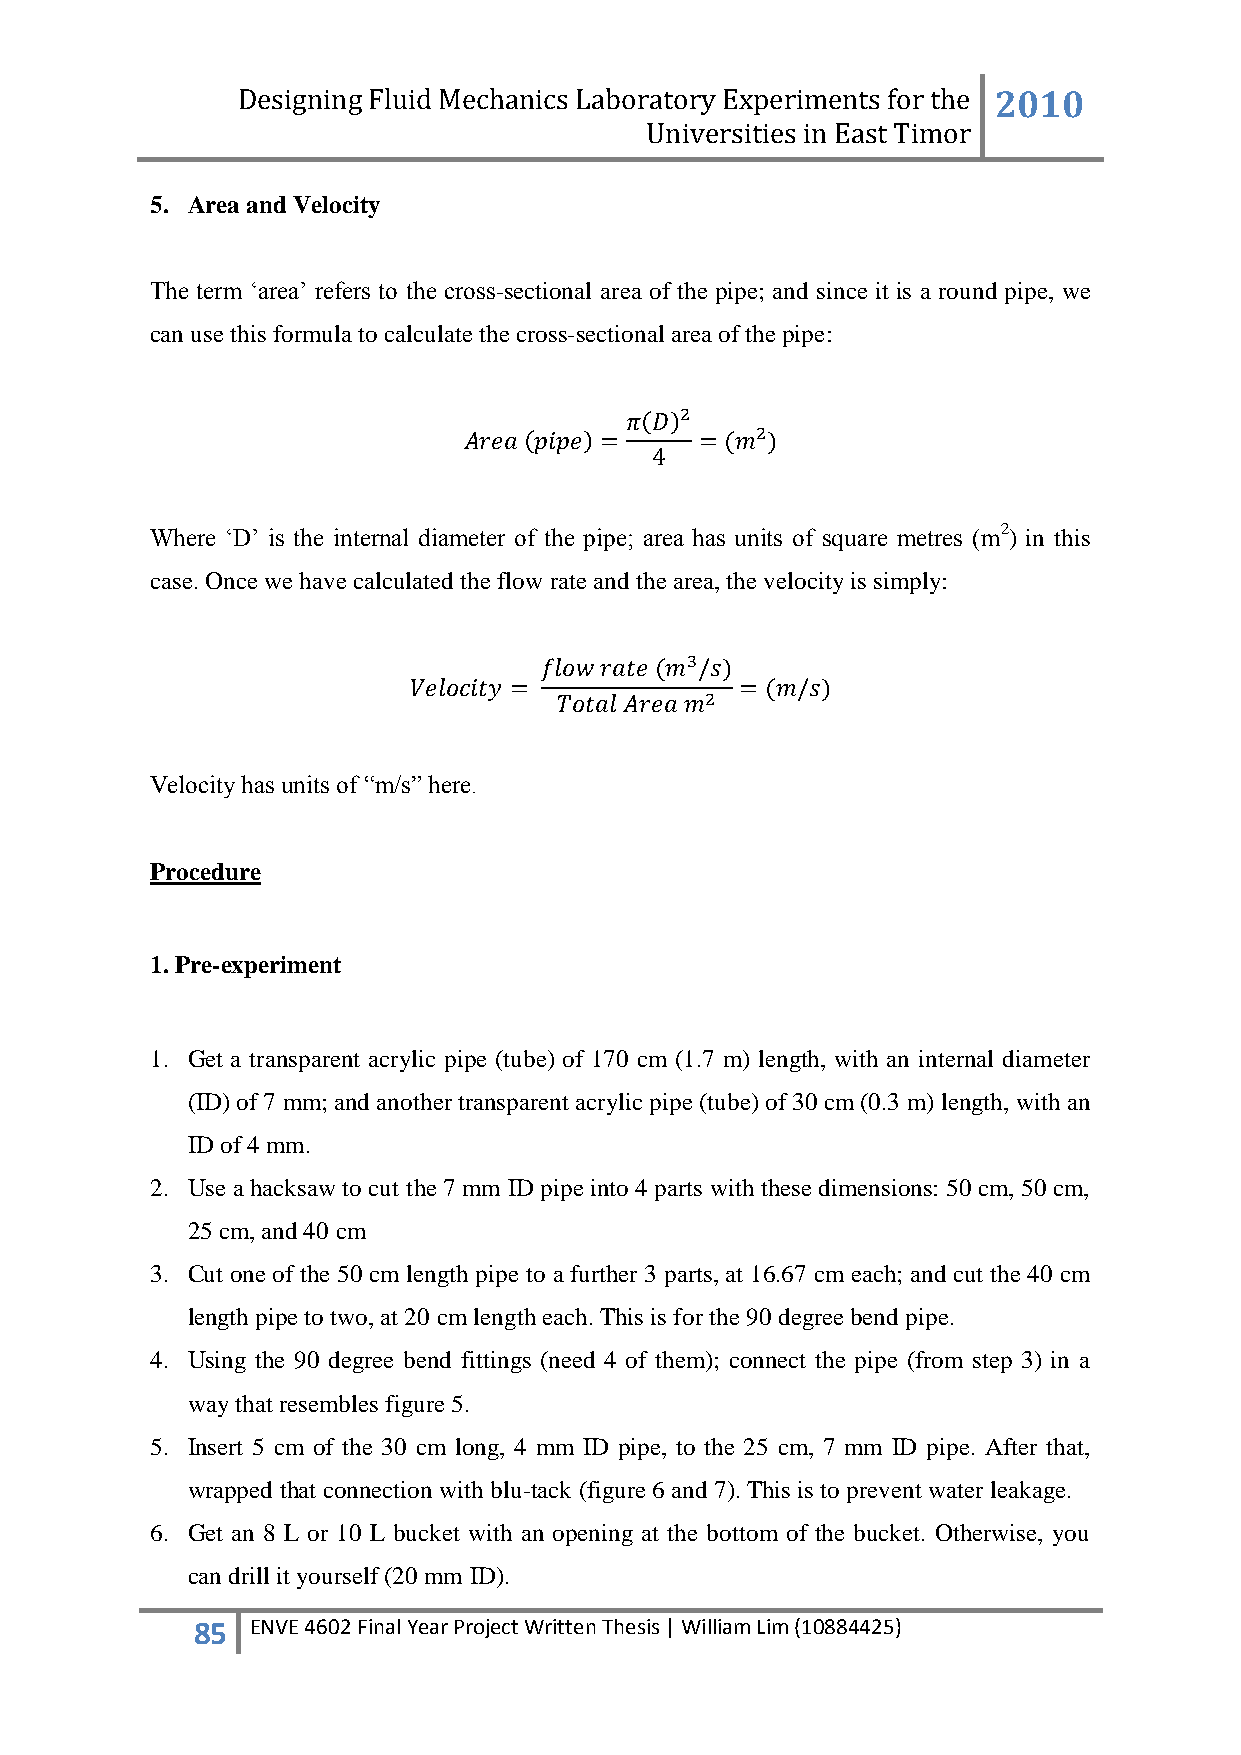
Designing Fluid Mechanics Laboratory Experiments for the 2010
 Universities in East Timor
 5. Area and Velocity
 The term „area‟ refers to the cross-sectional area of the pipe; and since it is a round pipe, we
 can use this formula to calculate the cross-sectional area of the pipe:
 Where „D‟ is the internal diameter of the pipe; area has units of square metres (m2) in this
 case. Once we have calculated the flow rate and the area, the velocity is simply:
 Velocity has units of “m/s” here.
 Procedure
 1. Pre-experiment
 1. Get a transparent acrylic pipe (tube) of 170 cm (1.7 m) length, with an internal diameter
 (ID) of 7 mm; and another transparent acrylic pipe (tube) of 30 cm (0.3 m) length, with an
 ID of 4 mm.
 2. Use a hacksaw to cut the 7 mm ID pipe into 4 parts with these dimensions: 50 cm, 50 cm,
 25 cm, and 40 cm
 3. Cut one of the 50 cm length pipe to a further 3 parts, at 16.67 cm each; and cut the 40 cm
 length pipe to two, at 20 cm length each. This is for the 90 degree bend pipe.
 4. Using the 90 degree bend fittings (need 4 of them); connect the pipe (from step 3) in a
 way that resembles figure 5.
 5. Insert 5 cm of the 30 cm long, 4 mm ID pipe, to the 25 cm, 7 mm ID pipe. After that,
 wrapped that connection with blu-tack (figure 6 and 7). This is to prevent water leakage.
 6. Get an 8 L or 10 L bucket with an opening at the bottom of the bucket. Otherwise, you
 can drill it yourself (20 mm ID).
 85  ENVE 4602 Final Year Project Written Thesis | William Lim (10884425)